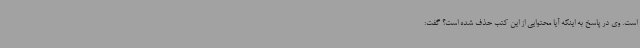
است. وی در پاسخ به اینکه آیا محتوایی از این کتب حذف شده است؟ گفت: